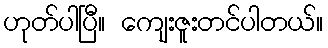
ဟုတ်ပါပြီ။ ကျေးဇူးတင်ပါတယ်။